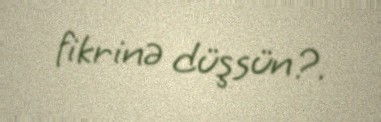
fikrinə düşsün?.